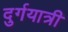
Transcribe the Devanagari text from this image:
दुर्गयात्री